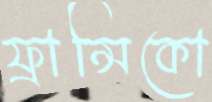
ফ্রান্সিকো